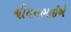
ચીમનભાઈએ